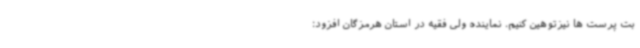
بت پرست ها نیزتوهین کنیم. نماینده ولی فقیه در استان هرمزگان افزود: